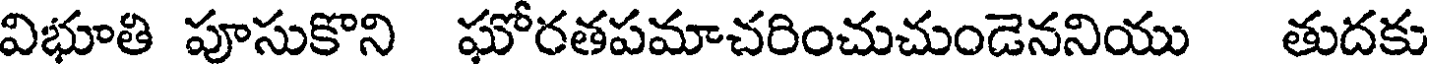
విభూతి పూసుకొని ఘోరతపమాచరించుచుండెననియు తుదకు